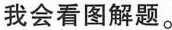
我会看图解题。